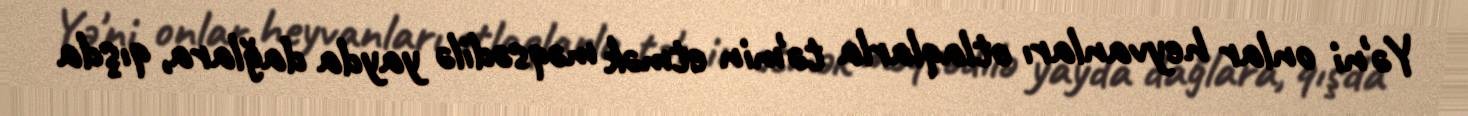
Yə'ni onlar heyvanları otlaqlarla tə'min etmək məqsədilə yayda dağlara, qışda